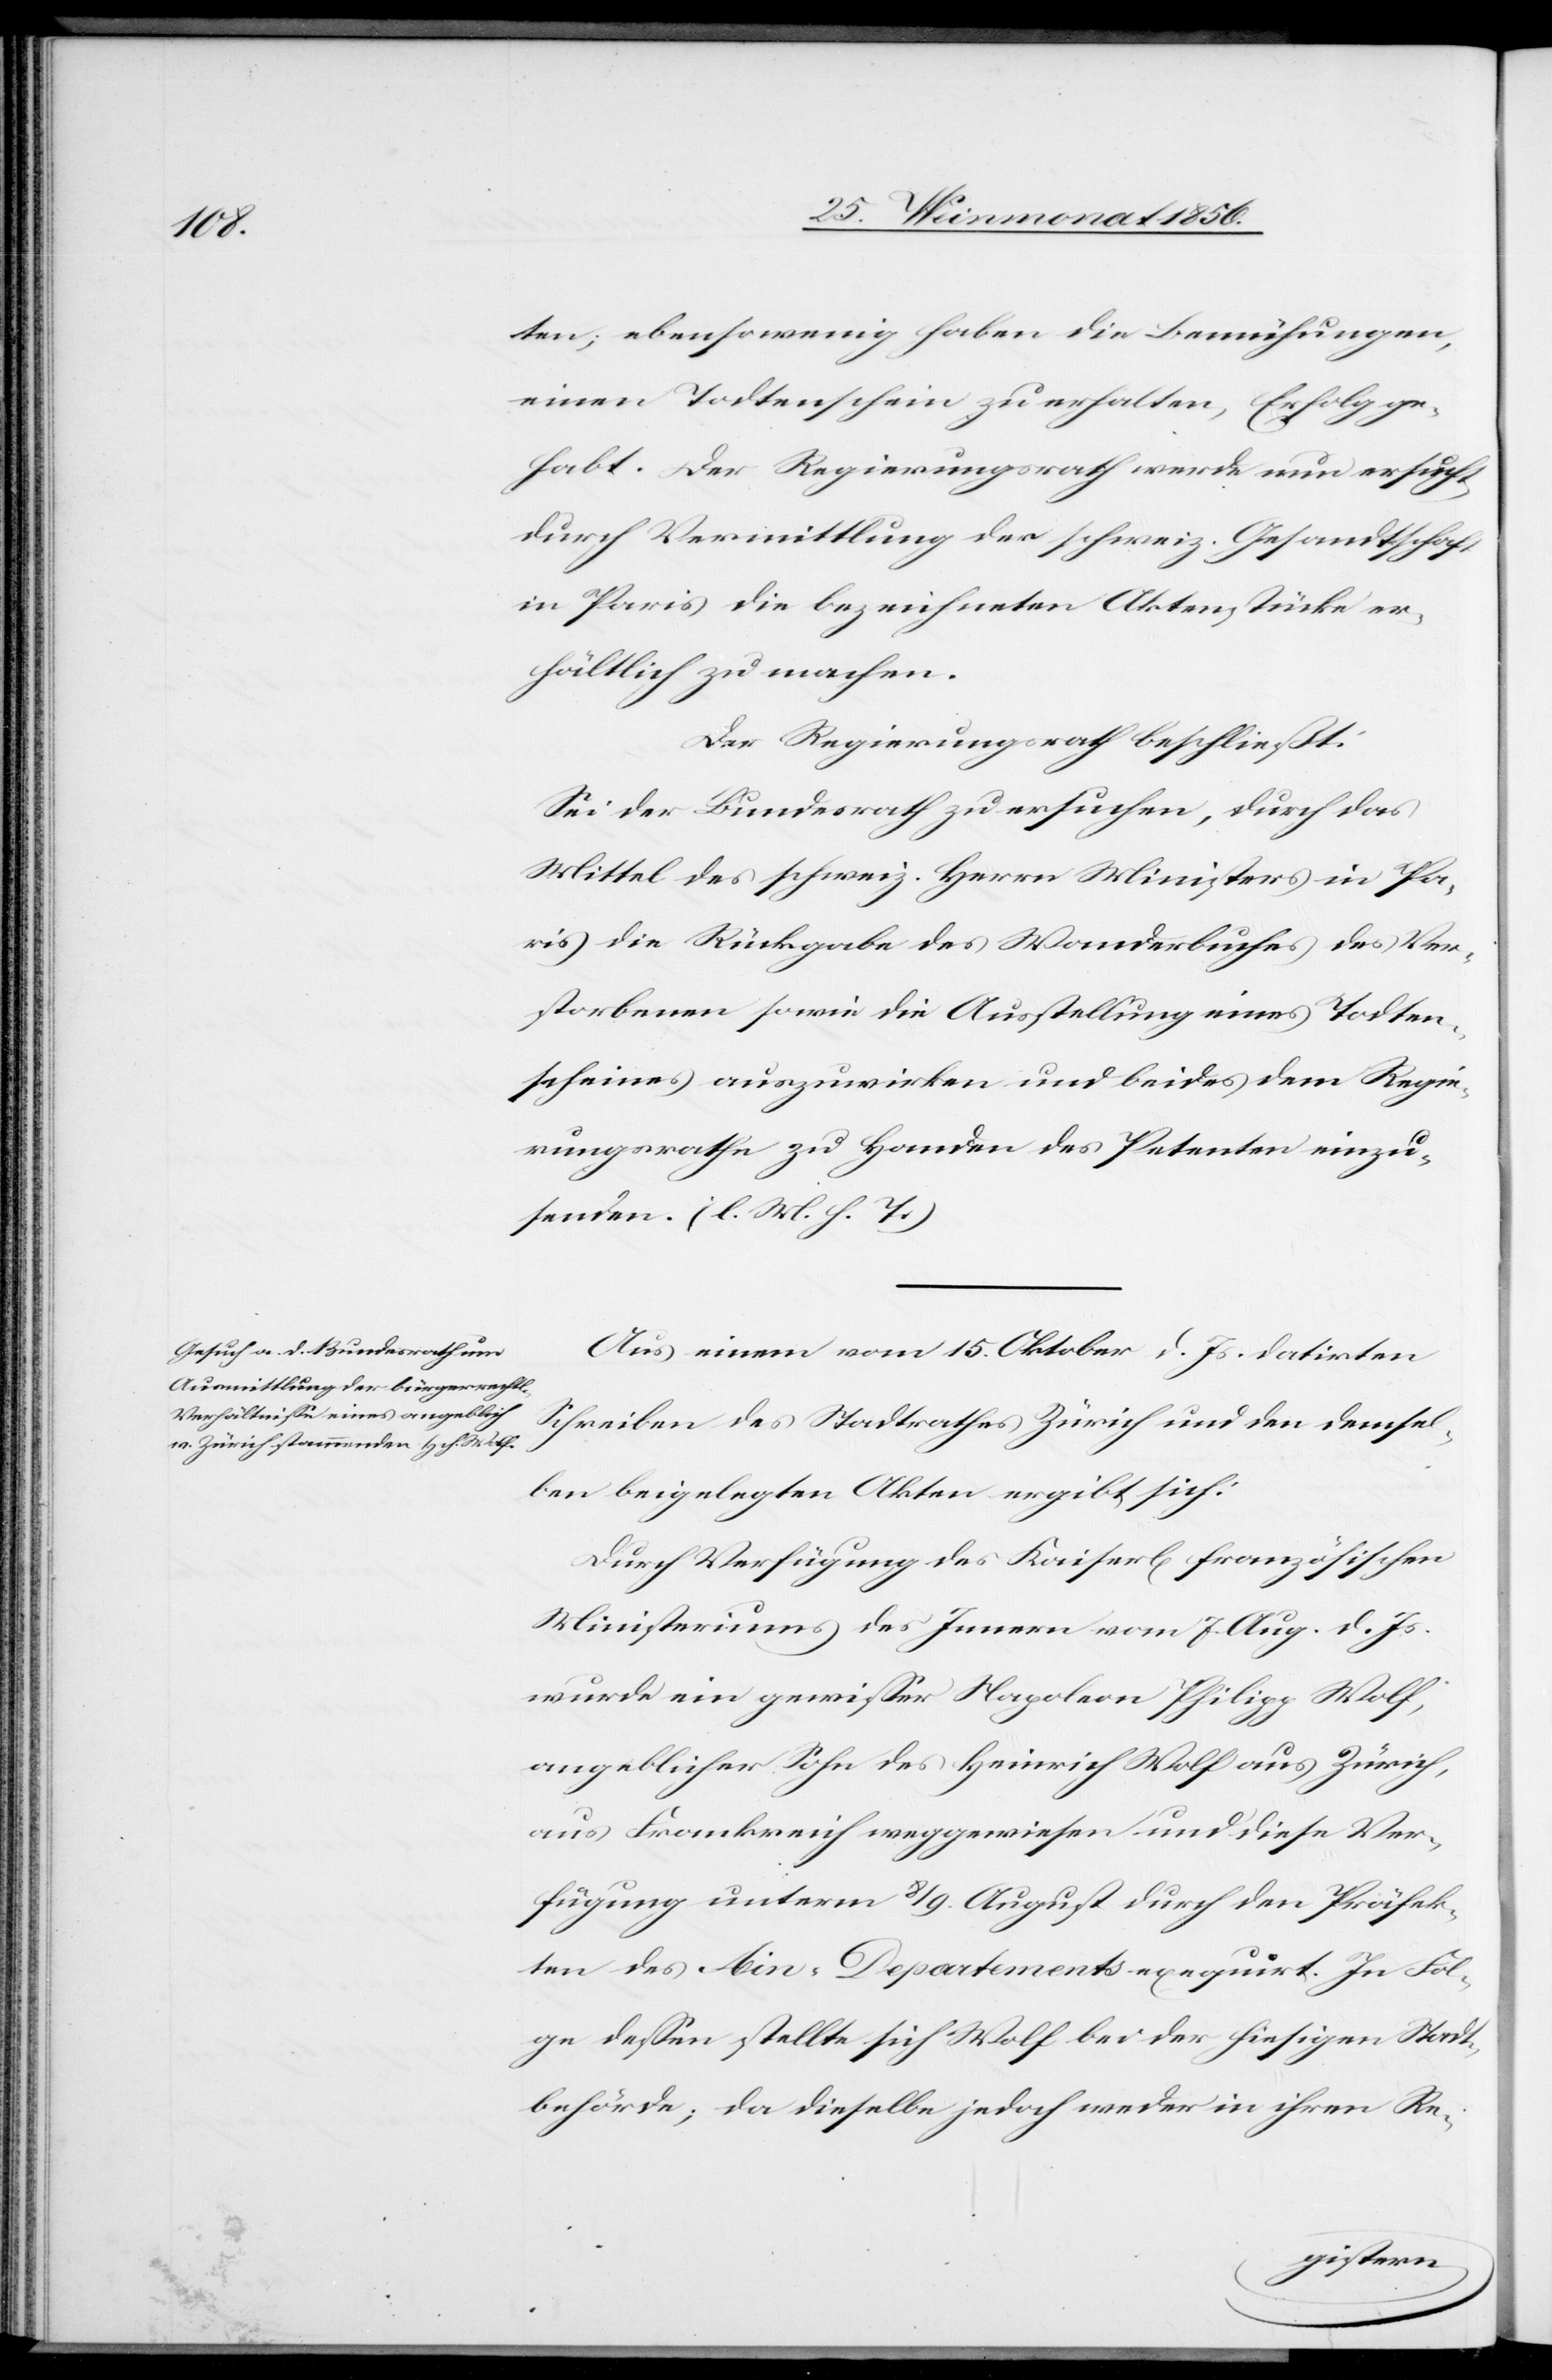
ten; ebensowenig haben die Bemühungen,
einen Todtenschein zu erhalten, Erfolg ge¬
habt. Der Regierungsrath werde nun ersucht,
durch Vermittlung der schweiz. Gesandtschaft
in Paris die bezeichneten Aktenstücke er¬
hältlich zu machen.
Der Regierungsrath beschließt:
Sei der Bundesrath zu ersuchen, durch das
Mittel des schweiz. Herrn Ministers in Pa¬
ris die Rückgabe des Wanderbuches des Ver¬
storbenen sowie die Ausstellung eines Todten¬
scheines auszuwirken und beides dem Regie¬
rungsrathe zu Handen des Petenten einzu¬
senden. (l. M. h. T.)
Aus einem vom 15. Oktober d. Js datirten
Schreiben des Stadtrathes Zürich und den demsel¬
ben beigelegten Akten ergibt sich:
Durch Verfügung des Kaiserl[ich] französischen
Ministeriums des Innern vom 7. Aug. d. Js.
wurde ein gewisser Napoleon Philipp Wolf,
angeblicher Sohn des Heinrich Wolf aus Zürich,
aus Frankreich weggewiesen und diese Ver¬
fügung unterm 8/9. August durch den Präfek¬
ten des Ain-Departements exequirt. In Fol¬
ge dessen stellte sich Wolf bei der hiesigen Stadt¬
behörde; da dieselbe jedoch weder in ihren Re-